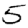
Digit: 5